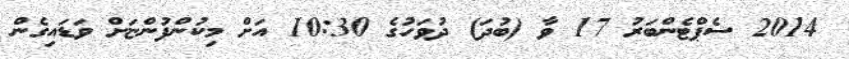
2014 ސެޕްޓެންބަރު 17 ވާ (ބުދަ) ދުވަހުގެ 10:30 އަށް މިކުންފުންޏަށް ވަޑައިގެން